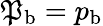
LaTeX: {\mathfrak{P}}_{\mathrm{b}}={p}_{\mathrm{b}}